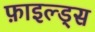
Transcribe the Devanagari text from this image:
फ़ाइल्ड्स